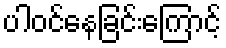
ပါဝင်နေခြင်းကြောင့်